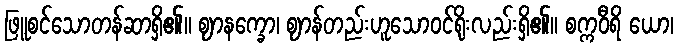
ဖြူစင်သောတန်ဆာရှိ၏။ ဈာနက္ခော၊ ဈာန်တည်းဟူသောဝင်ရိုးလည်းရှိ၏။ စက္ကဝီရိ ယော၊